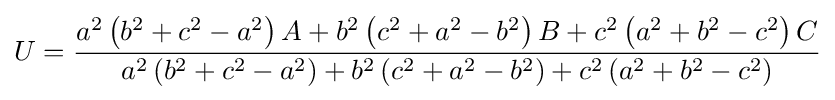
U={\frac {a^{2}\left(b^{2}+c^{2}-a^{2}\right)A+b^{2}\left(c^{2}+a^{2}-b^{2}\right)B+c^{2}\left(a^{2}+b^{2}-c^{2}\right)C}{a^{2}\left(b^{2}+c^{2}-a^{2}\right)+b^{2}\left(c^{2}+a^{2}-b^{2}\right)+c^{2}\left(a^{2}+b^{2}-c^{2}\right)}}